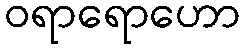
ဝရာရောဟော